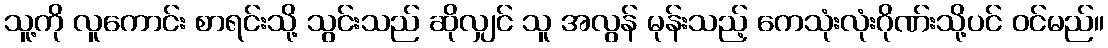
သူ့ကို လူကောင်း စာရင်းသို့ သွင်းသည် ဆိုလျှင် သူ အလွန် မုန်းသည့် ကေသုံးလုံးဂိုဏ်းသို့ပင် ဝင်မည်။